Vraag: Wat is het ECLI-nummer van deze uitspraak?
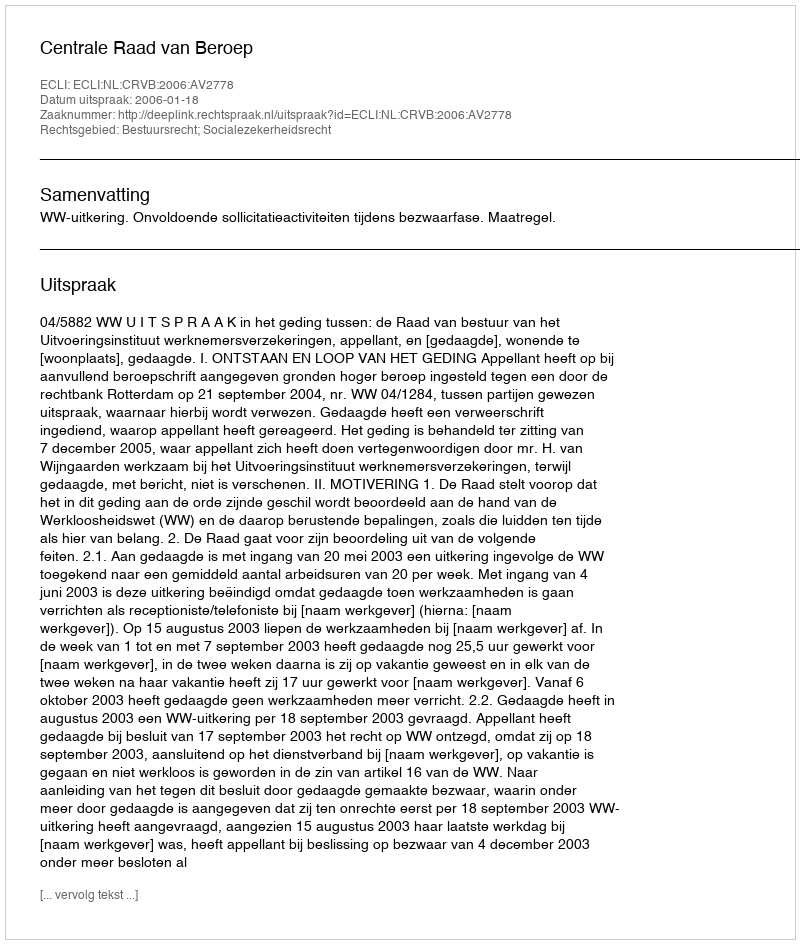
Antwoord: ECLI:NL:CRVB:2006:AV2778